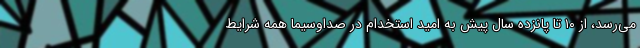
می‌رسد، از ۱۰ تا پانزده سال پیش به امید استخدام در صداوسیما همه شرایط